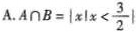
A.$$ A \cap B= | x | x < \frac{3}{2}|$$